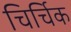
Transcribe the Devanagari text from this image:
चिर्चिक